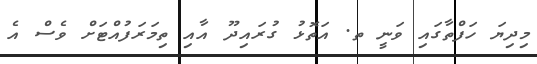
މިދިޔަ ހަފްތާގައި ވަނީ ތ. އަތޮޅު ގުރައިދޫ އާއި ތިމަރަފުއްޓަށް ވެސް އެ